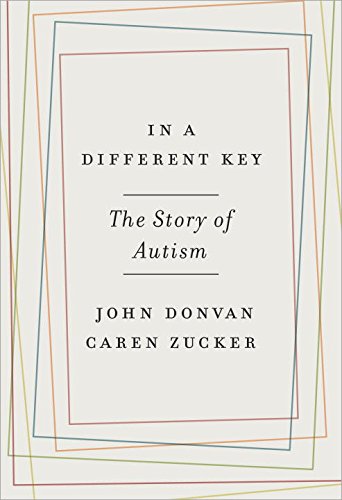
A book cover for In a Different Key: The Story of Autism; John Donvan; Medical Books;